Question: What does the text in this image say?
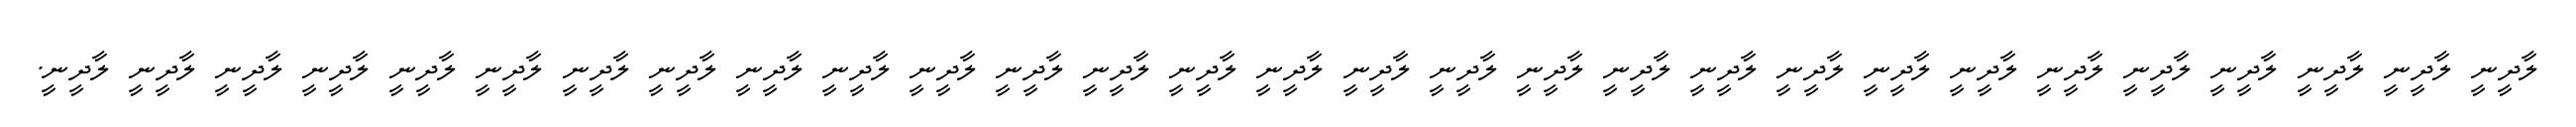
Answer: ލާދީނީ ލާދީނީ ލާދީނީ ލާދީނީ ލާދީނީ ލާދީނީ ލާދީނީ ލާދީނީ ލާދީނީ ލާދީނީ ލާދީނީ ލާދީނީ ލާދީނީ ލާދީނީ ލާދީނީ ލާދީނީ ލާދީނީ ލާދީނީ ލާދީނީ ލާދީނީ ލާދީނީ ލާދީނީ ލާދީނީ ލާދީނީ ލާދީނީ ލާދީނީ ލާދީނީ ލާދީނީ ލާދީނީ.